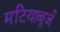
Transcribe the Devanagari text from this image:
मटियाबुर्ज